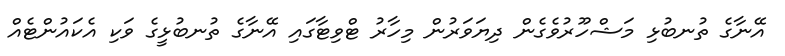
އޭނާގެ ތުނބުޅި މަޝްހޫރުވެގެން ދިޔަވަރުން މިހާރު ޓްވިޓާގައި އޭނާގެ ތުނބުޅީގެ ވަކި އެކައުންޓެއް